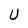
Character: U